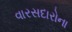
વારસદારોના